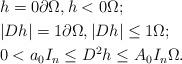
LaTeX: \begin{align*}& h = 0 \partial \Omega, h < 0 \Omega; \\& |D h| = 1 \partial \Omega, |D h| \leq 1 \Omega; \\& 0 < a_0 I_n \leq D^2 h \leq A_0 I_n \Omega.\end{align*}